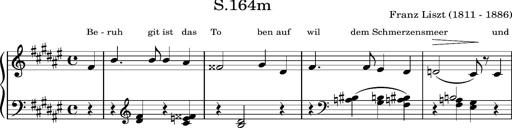
Title: Album-Leaf 'Elisabeth', S.164m
Composer: Franz Liszt
Key: F-sharp major